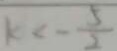
k < - \frac { 5 } { 2 }